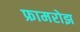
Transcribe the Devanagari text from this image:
फ्रामरोझ